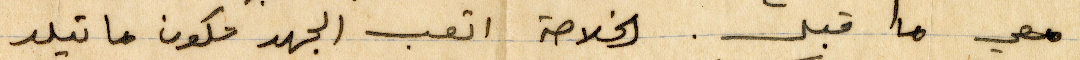
معي ما قبل. الخلاصة اتعب الجهد مكون ماتيلد